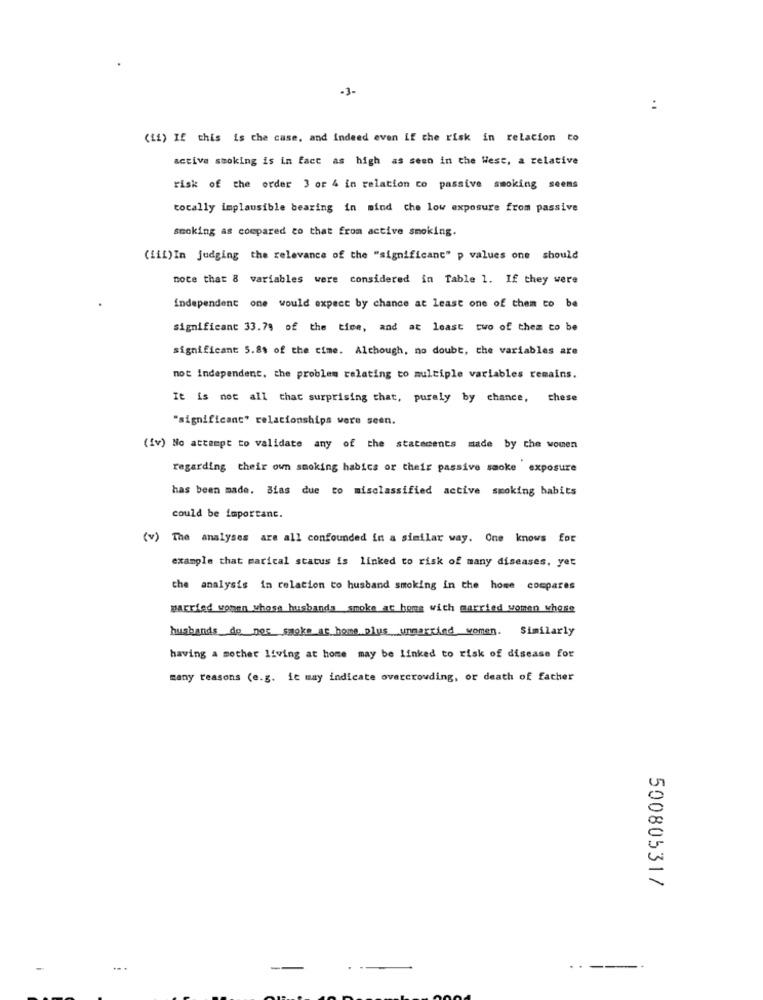
-3-
:
(11) If this is che case, and indeed even if the risk in relation to
active smoking is in fact as high as seen in the West, a relative
risk of the order 3 or 4 in relation to passive smoking seems
tocally implausible bearing in mind che low exposure from passive
smoking as compared to that from active smoking.
(iii) In judging the relevance of the "significant" p values one should
note that 8 variables were considered in Table 1. If they were
independent one would expect by chance at least one of them to be
significant 33.7% of the time, and at least two of them to be
significant 5.8% of the cime. Although, no doubt, che variables are
mot independent. the problem relating to multiple variables remains.
It is not all that surprising that, purely by chance, these
"significant" relationships were seen.
(iv) No attempt to validate any of the statements made by the women
regarding their own smoking habics or their passive saoke exposure
has been made. Bias due to misclassified active smoking habits
could be importanc.
(v) The analyses are all confounded in a similar way. One knows for
example that marical status is linked to risk of many diseases, yet
the analysis in relation to husband smoking in the home compares
married women whose husbands smoke at home with married women whose
husbands do por smoke at home plus unmarried women. Similarly
having a mother living at home may be linked to risk of disease for
many reasons (e.g. it may indicate overcrowding, or death of father
50080531/
...
--